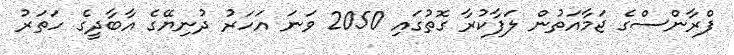
ފްރާންސްގެ ޖަމާއަތުން ލަފާކުރާ ގޮތުގައި 2050 ވަނަ އަހަރު ދުނިޔޭގެ އާބާދީގެ ހަތަރު